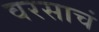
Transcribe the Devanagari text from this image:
वरसाचं